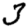
Digit: 3